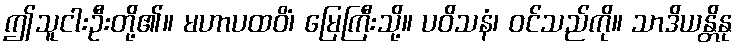
ဤသူငါးဦးတို့၏။ မဟာပထဝိံ၊ မြေကြီးသို့။ ပဝိသနံ၊ ဝင်သည်ကို။ သာဒိယန္တိနု